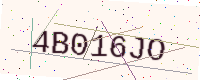
Text: 4B016JO